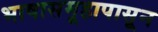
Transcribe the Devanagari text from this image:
भाषासमूहापासून